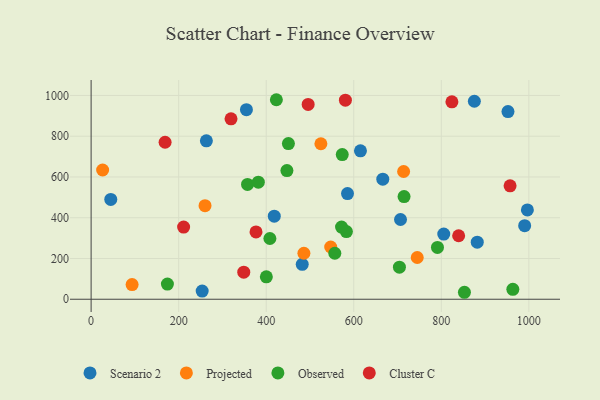
{"axis": {"x": "Ad Spend", "y": "Fuel Efficiency"}, "legend": ["Cluster C", "Observed", "Projected", "Scenario 2"], "data": [{"x": "706.8", "y": 391.4, "type": "Scenario 2"}, {"x": "418.4", "y": 407.5, "type": "Scenario 2"}, {"x": "615.3", "y": 728.4, "type": "Scenario 2"}, {"x": "805.6", "y": 319.6, "type": "Scenario 2"}, {"x": "253.7", "y": 40.3, "type": "Scenario 2"}, {"x": "44.9", "y": 489.8, "type": "Scenario 2"}, {"x": "996.6", "y": 438.3, "type": "Scenario 2"}, {"x": "482.3", "y": 171.3, "type": "Scenario 2"}, {"x": "875.5", "y": 971.6, "type": "Scenario 2"}, {"x": "666.3", "y": 589.4, "type": "Scenario 2"}, {"x": "263.3", "y": 777.2, "type": "Scenario 2"}, {"x": "990.4", "y": 361.1, "type": "Scenario 2"}, {"x": "354.8", "y": 930.1, "type": "Scenario 2"}, {"x": "882.1", "y": 280.3, "type": "Scenario 2"}, {"x": "952.3", "y": 921.1, "type": "Scenario 2"}, {"x": "585.7", "y": 518.6, "type": "Scenario 2"}, {"x": "547.3", "y": 256.4, "type": "Projected"}, {"x": "524.9", "y": 763.1, "type": "Projected"}, {"x": "260.2", "y": 459.2, "type": "Projected"}, {"x": "26.3", "y": 634.3, "type": "Projected"}, {"x": "745.0", "y": 204.8, "type": "Projected"}, {"x": "93.6", "y": 71.8, "type": "Projected"}, {"x": "486.1", "y": 225.8, "type": "Projected"}, {"x": "713.9", "y": 626.8, "type": "Projected"}, {"x": "450.7", "y": 763.7, "type": "Observed"}, {"x": "400.3", "y": 110.2, "type": "Observed"}, {"x": "556.7", "y": 225.7, "type": "Observed"}, {"x": "573.7", "y": 709.8, "type": "Observed"}, {"x": "714.9", "y": 504.0, "type": "Observed"}, {"x": "852.8", "y": 34.2, "type": "Observed"}, {"x": "583.2", "y": 331.9, "type": "Observed"}, {"x": "572.1", "y": 354.0, "type": "Observed"}, {"x": "963.4", "y": 48.5, "type": "Observed"}, {"x": "704.3", "y": 157.6, "type": "Observed"}, {"x": "447.3", "y": 631.5, "type": "Observed"}, {"x": "423.2", "y": 979.1, "type": "Observed"}, {"x": "791.2", "y": 254.3, "type": "Observed"}, {"x": "357.3", "y": 563.5, "type": "Observed"}, {"x": "408.4", "y": 298.2, "type": "Observed"}, {"x": "174.3", "y": 74.4, "type": "Observed"}, {"x": "382.0", "y": 574.7, "type": "Observed"}, {"x": "211.3", "y": 354.0, "type": "Cluster C"}, {"x": "580.9", "y": 976.9, "type": "Cluster C"}, {"x": "319.6", "y": 885.5, "type": "Cluster C"}, {"x": "169.0", "y": 770.5, "type": "Cluster C"}, {"x": "376.7", "y": 330.3, "type": "Cluster C"}, {"x": "824.2", "y": 969.0, "type": "Cluster C"}, {"x": "957.1", "y": 556.5, "type": "Cluster C"}, {"x": "839.6", "y": 311.5, "type": "Cluster C"}, {"x": "348.7", "y": 132.6, "type": "Cluster C"}, {"x": "495.8", "y": 956.2, "type": "Cluster C"}]}